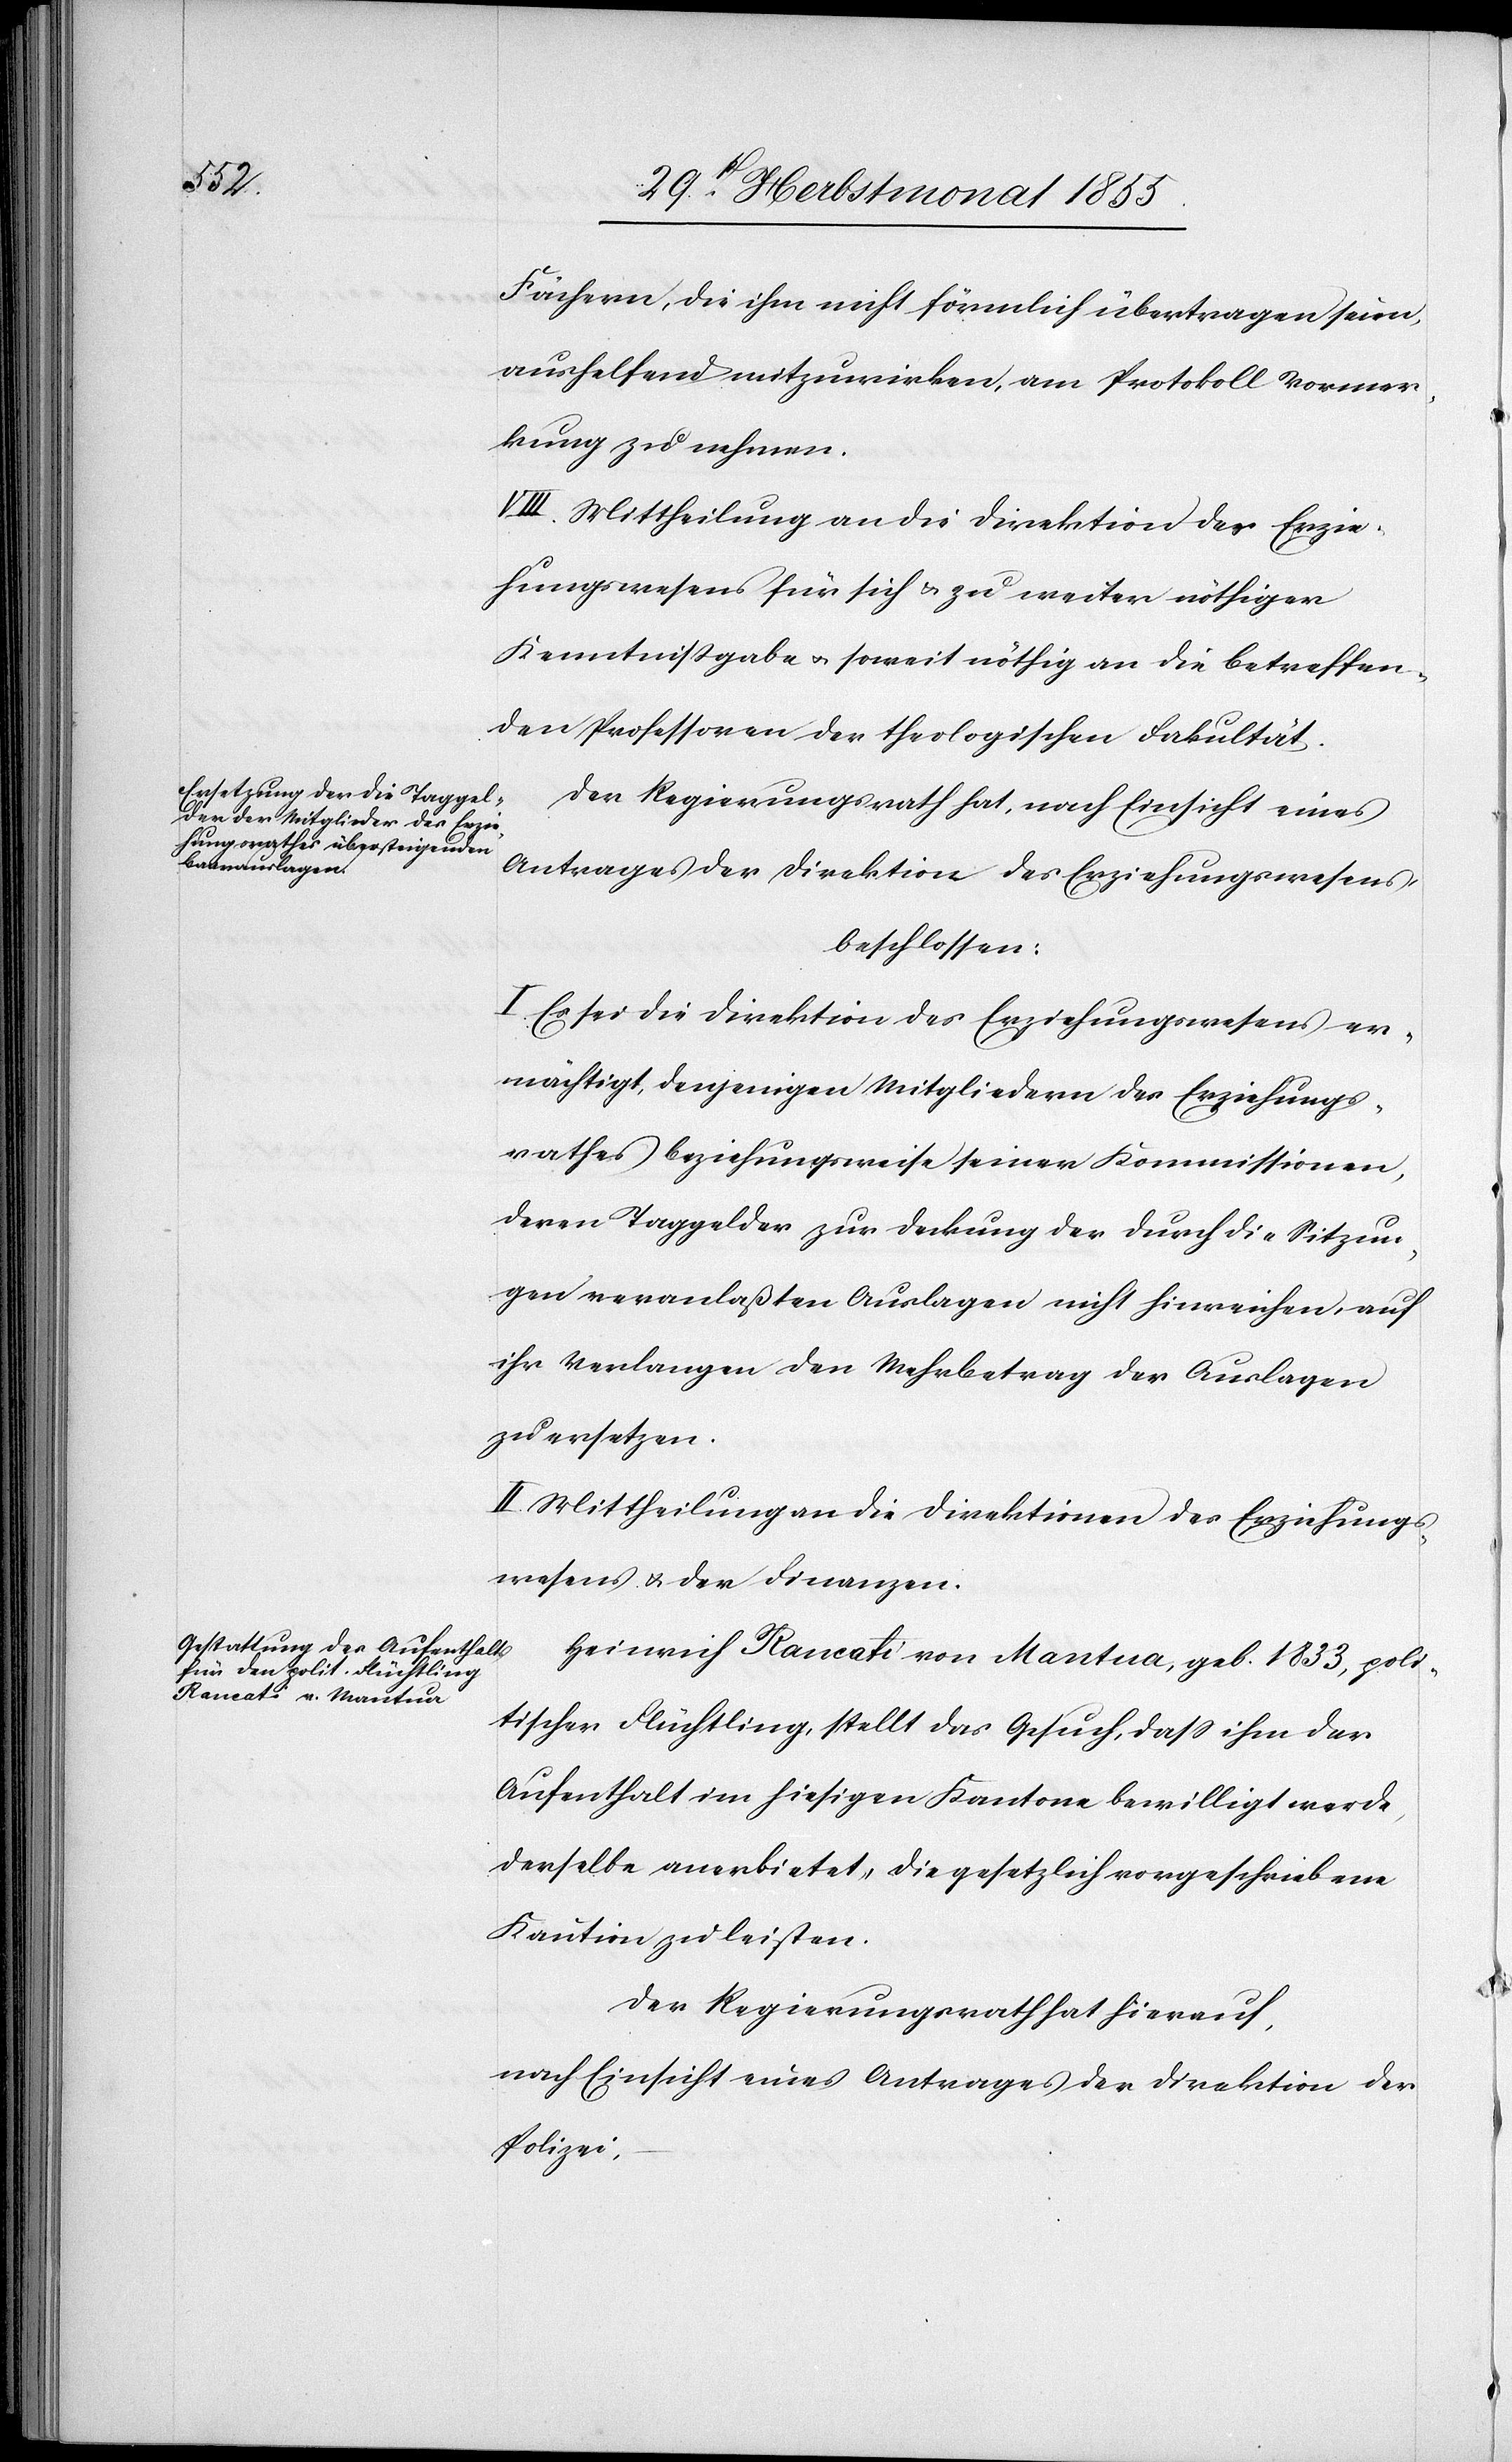
Fächern, die ihm nicht förmlich übertragen seien,
aushelfend mitzuwirken, am Protokoll Vormer¬
kung zu nehmen.
VIII. Mittheilung an die Direktion des Erzie¬
hungswesens für sich & zu weiter nöthiger
Kenntnissgabe & soweit nöthig an die betreffen¬
den Professoren der theologischen Fakultät.
Der Regierungsrath hat, nach Einsicht eines
Antrages der Direktion des Erziehungswesens,
beschlossen:
I. Es sei die Direktion des Erziehungswesens er¬
mächtigt, denjenigen Mitgliedern des Erziehungs¬
rathes beziehungsweise seiner Kommissionen,
deren Taggelder zur Deckung der durch die Sitzun¬
gen veranlaßten Auslagen nicht hinreichen, auf
ihr Verlangen den Mehrbetrag der Auslagen
zu ersetzen.
II. Mittheilung an die Direktionen des Erziehungs¬
wesens & der Finanzen.
Heinrich Rancati von Mantua, geb. 1833, poli¬
tischer Flüchtling, stellt das Gesuch, dass ihm der
Aufenthalt im hiesigen Kantone bewilligt werde,
derselbe anerbietet, die gesetzlich vorgeschriebene
Kaution zu leisten.
Der Regierungsrath hat hierauf,
nach Einsicht eines Antrages der Direktion der
Polizei,